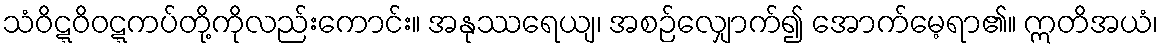
သံဝိဋ္ဋဝိဝဋ္ဋကပ်တို့ကိုလည်းကောင်း။ အနုဿရေယျ၊ အစဉ်လျှောက်၍ အောက်မေ့ရာ၏။ ဣတိအယံ၊